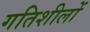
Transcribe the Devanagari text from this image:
गतिशीलों